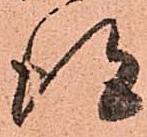
得